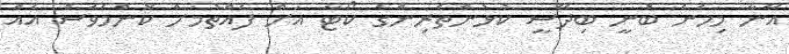
އޭނާ މިހެން ބުނީ ބިދޭސީ ކުޅުންތެރިންގެ ކޯޓާ އަށް ފެއްތުމަށް ކޮންމެވެސް އެއް